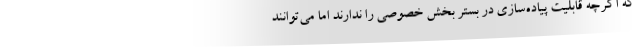
که اگرچه قابلیت پیاده‌سازی در بستر بخش خصوصی را ندارند اما می‌توانند